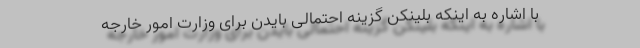
با اشاره به اینکه بلینکن گزینه احتمالی بایدن برای وزارت امور خارجه